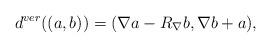
LaTeX: \begin{align*}d^{ver}((a,b)) = (\nabla a - R_\nabla b, \nabla b + a),\end{align*}